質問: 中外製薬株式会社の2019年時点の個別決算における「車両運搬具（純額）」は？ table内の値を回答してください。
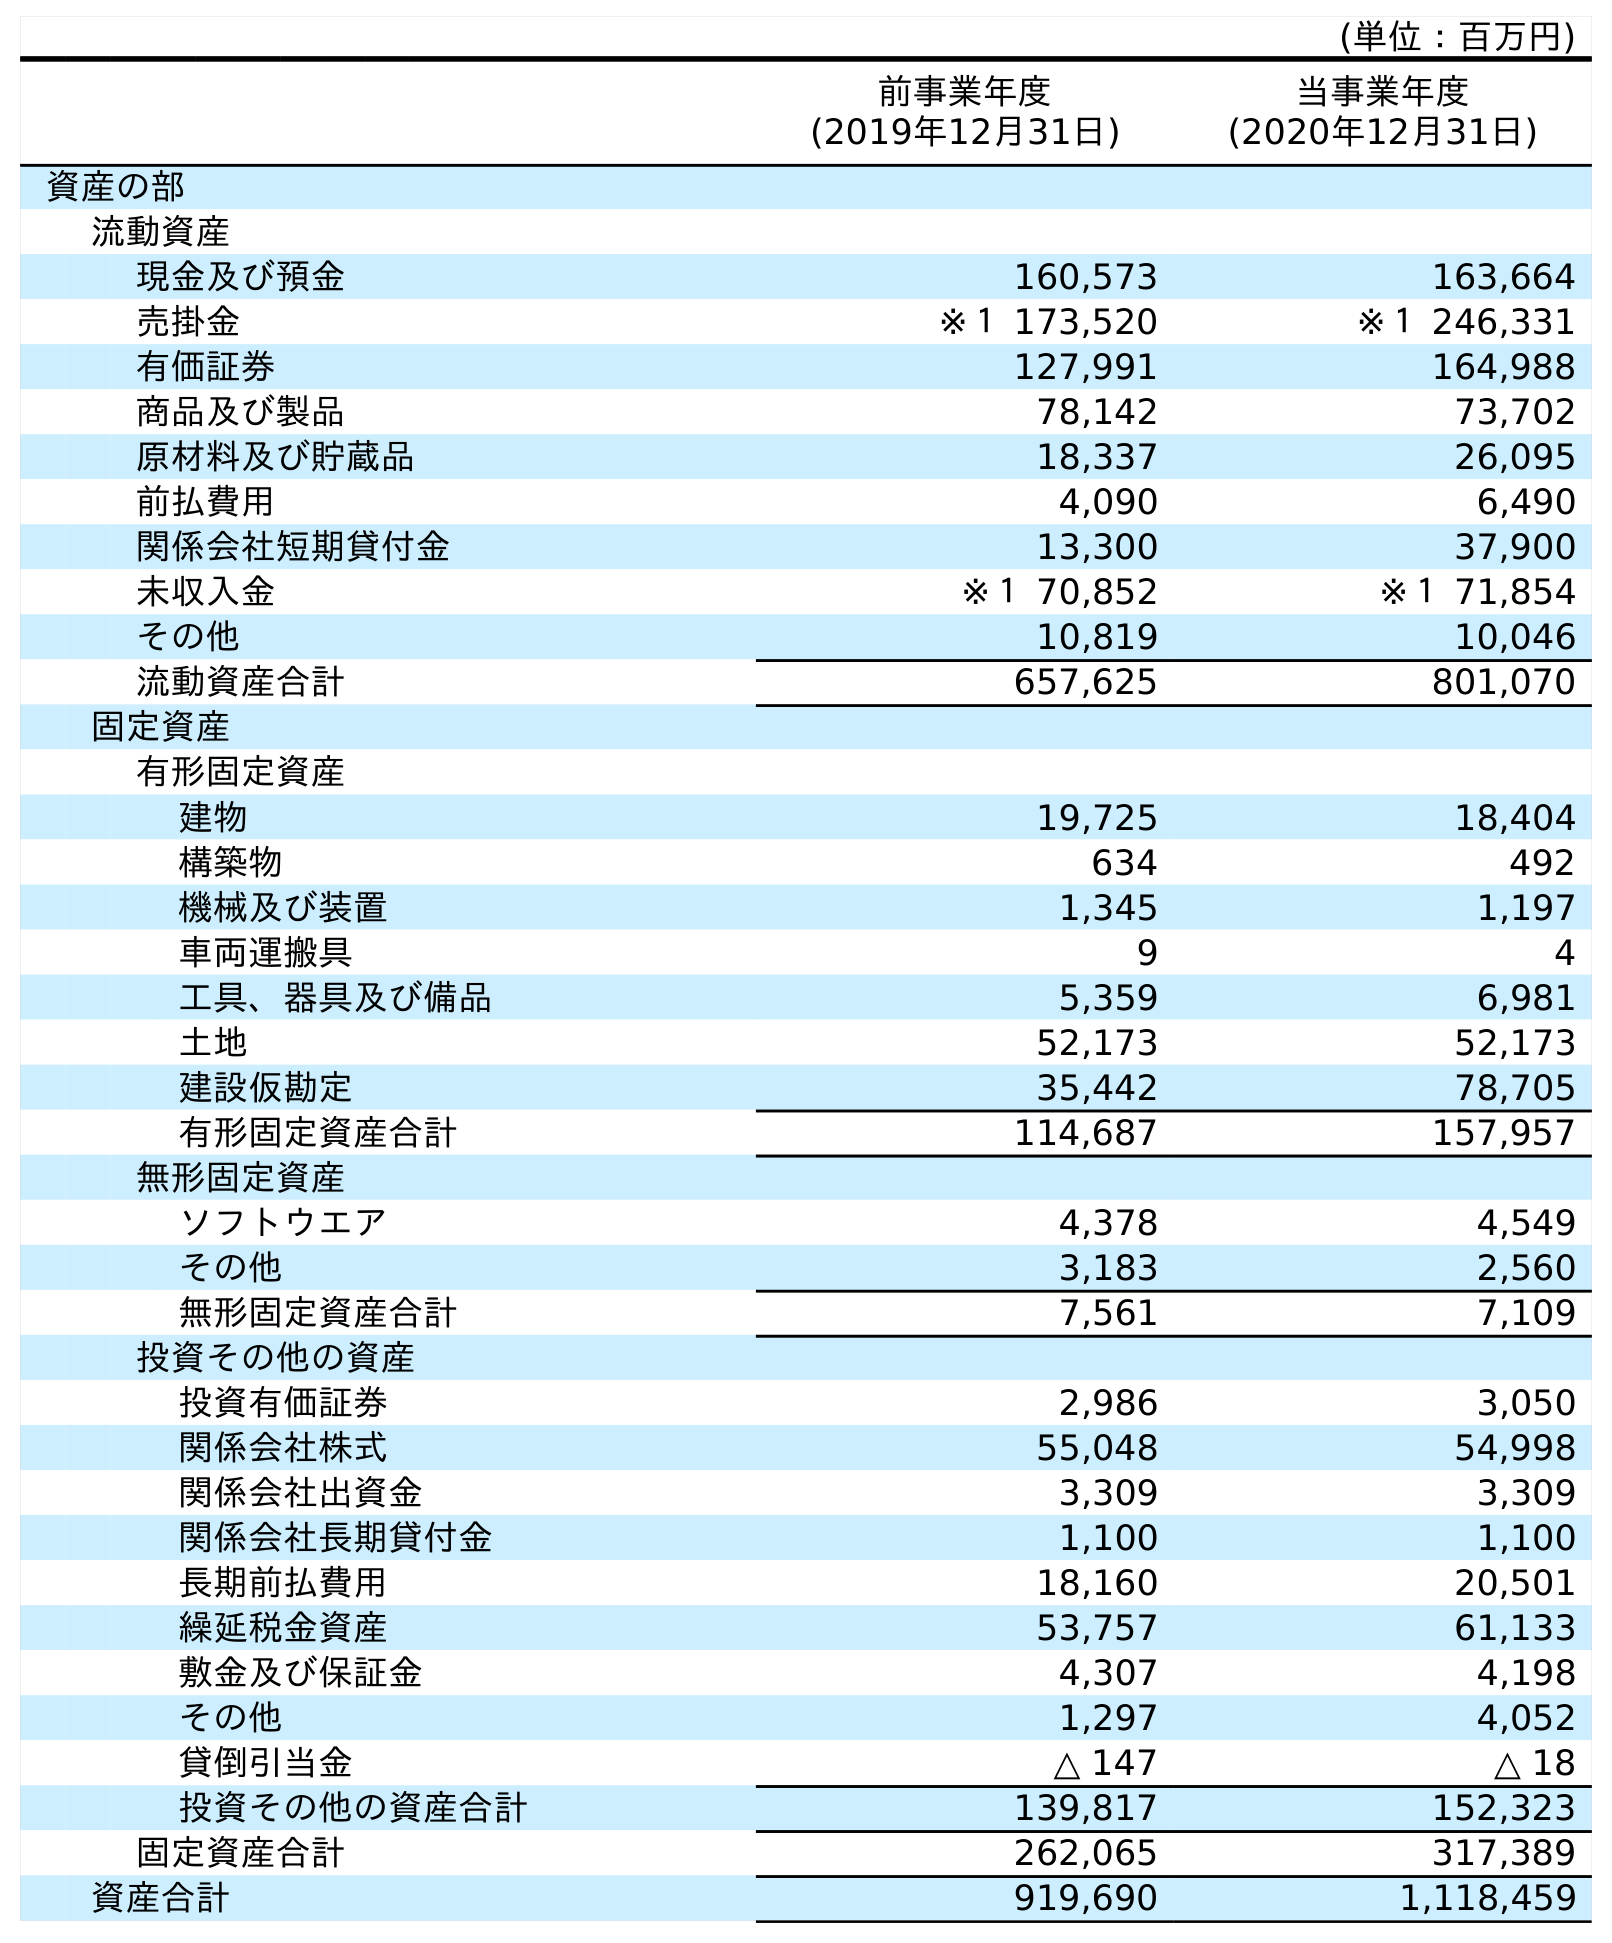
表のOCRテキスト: (単位：百万円) 前事業年度 (2019年12月31日) 当事業年度 (2020年12月31日) 資産の部 流動資産 現金及び預金 160,573 163,664 売掛金 ※１ 173,520 ※１ 246,331 有価証券 127,991 164,988 商品及び製品 78,142 73,702 原材料及び貯蔵品 18,337 26,095 前払費用 4,090 6,490 関係会社短期貸付金 13,300 37,900 未収入金 ※１ 70,852 ※１ 71,854 その他 10,819 10,046 流動資産合計 657,625 801,070 固定資産 有形固定資産 建物 19,725 18,404 構築物 634 492 機械及び装置 1,345 1,197 車両運搬具 9 4 工具、器具及び備品 5,359 6,981 土地 52,173 52,173 建設仮勘定 35,442 78,705 有形固定資産合計 114,687 157,957 無形固定資産 ソフトウエア 4,378 4,549 その他 3,183 2,560 無形固定資産合計 7,561 7,109 投資その他の資産 投資有価証券 2,986 3,050 関係会社株式 55,048 54,998 関係会社出資金 3,309 3,309 関係会社長期貸付金 1,100 1,100 長期前払費用 18,160 20,501 繰延税金資産 53,757 61,133 敷金及び保証金 4,307 4,198 その他 1,297 4,052 貸倒引当金 △ 147 △ 18 投資その他の資産合計 139,817 152,323 固定資産合計 262,065 317,389 資産合計 919,690 1,118,459
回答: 9